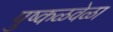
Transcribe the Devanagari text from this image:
पुष्कळवेळा